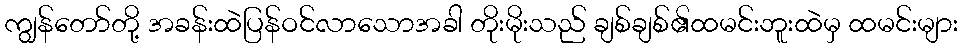
ကျွန်တော်တို့ အခန်းထဲပြန်ဝင်လာသောအခါ တိုးမိုးသည် ချစ်ချစ်၏ထမင်းဘူးထဲမှ ထမင်းများ